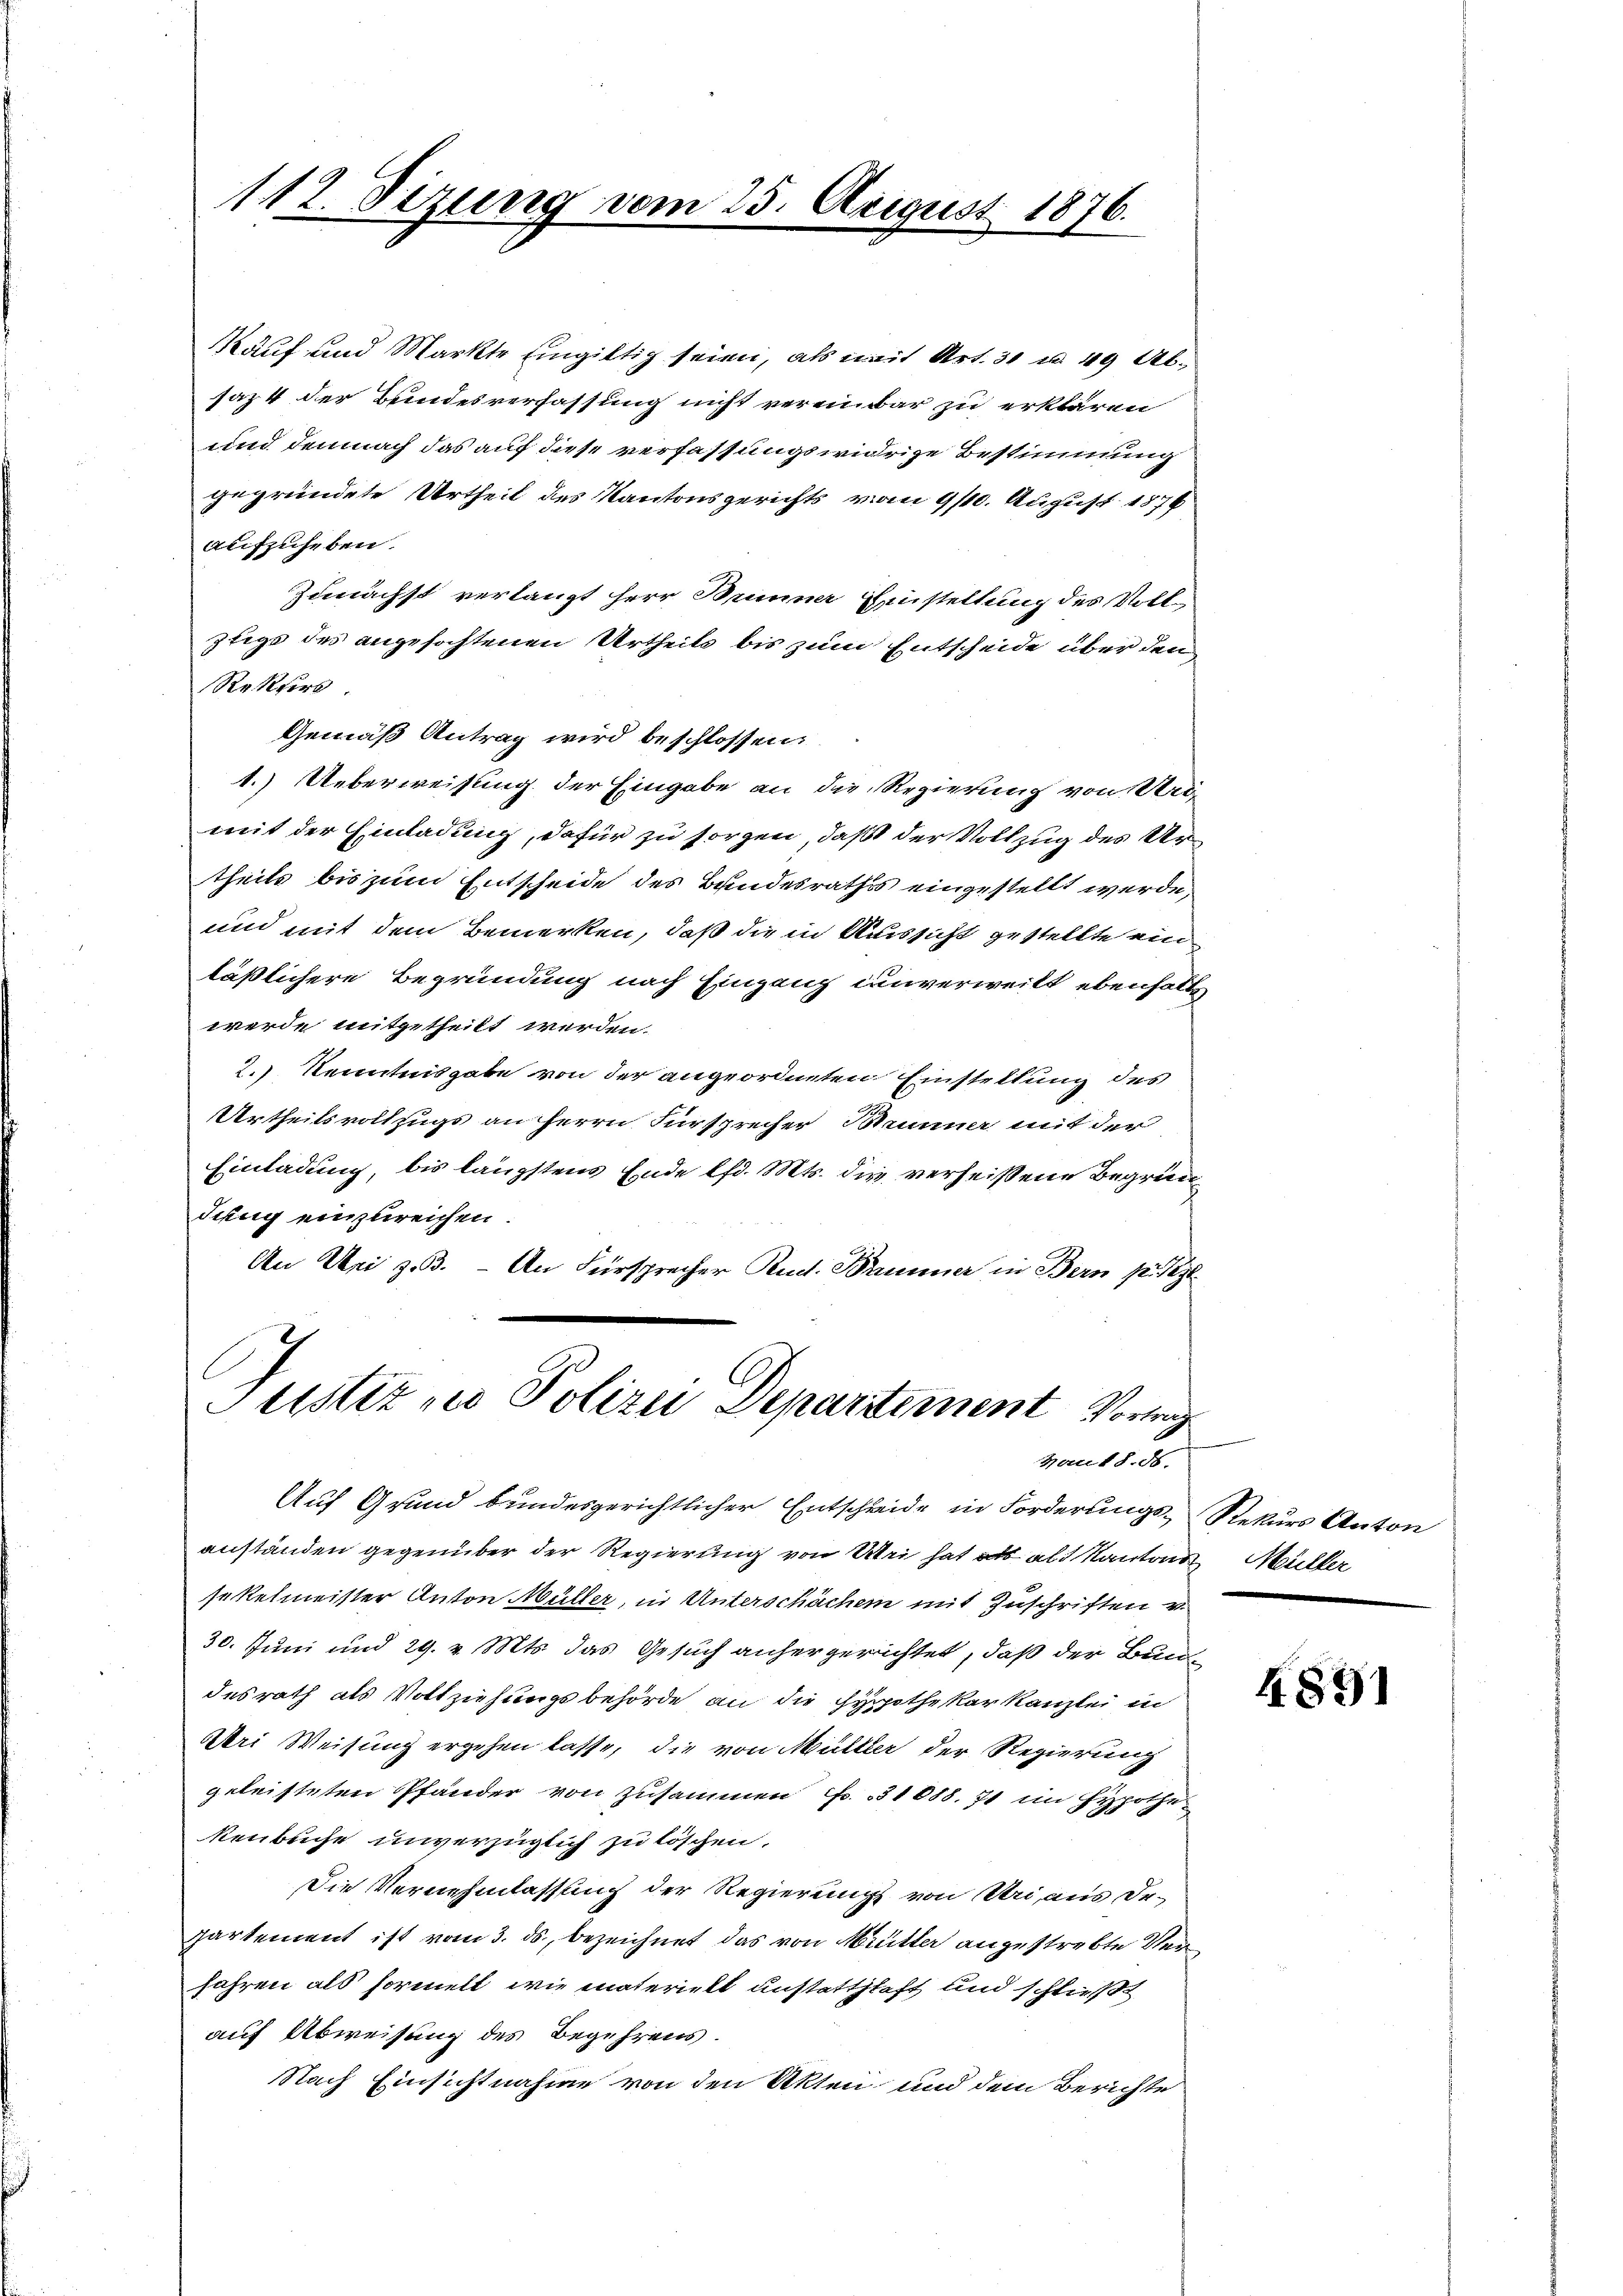
112. Sizung vom 25. August 1876.

Kauf und Markte eingiltig seien, als mit Art. 31 u. 49 Absaz 4 der Bundesverfassung nicht vereinbar zu erklären
und demnach das auf diese verfassungswidrige Bestimmung
gegründete Urtheil des Kantonsgerichts vom 9/10. August 1876
aufzuheben.
Zunächst verlangt herr Brunner Einstellung des Vollstige des angefochtenen Urtheils bis zum Entscheide über den
Rekurs.
Gemäß Antrag wird beschlossen:
1.) Ueberweisung der Eingabe an die Regierung von Urimit der Einladung, dafür zu sorgen, daß der Vollzug des Urtheils bis zum Entscheide des Bundesrathss eingestellt werde,
und mit dem Bemerken, daß die in Aussicht gestellte ein
läßlichere Begründung nach Eingang unverweilt ebenhalte
werde mitgetheilt werden.
2.) Kenntnisgabe von der angeordneten Einstellung des
Urtheilsvollzugs an Herrn Fürsprecher Meiner mit der
Einladung, bis längstens Ende lfd. Mts. die verheißene Begrün
dung einzureichen.
An Uri z.B. - An Fürsprecher Rud. Bummer in Bern puszt
7
Justiz zur Polizei Departement Vortrag

Hau 18. ds.

Auf Grund bundesgerichtlicher Entschreide in Forderungsanständen gegenüber der Regierung von Uri hat als als Kantons
sokelmeister Anton Müller, in Unterschächen mit Zuschriften v
30. Juni und 29. v. Mts. das Gesuch anhergerichtet, daß der Bundesrath als Vottziehungsbehörde an die Hypothekarkanzlei in
Uri Weisung ergehen lasse, die von Müller der Regierung
geleisteten Pfander von zusammen Fr. 31088. 71 im Hypothekenbuche unverzüglich zu löschen.
Die Vernehmlassung der Regierung von Uri, aus Departement ist vom 3. ds., bezeichnet das von Mutter angestrebte Ver
fahren als Formelt, wie materielt unstatthaft und schließt
auf Abweisung des Begehrens.
Nach Einsichtnahme von den Akten und dem Berichte

Rekurs Anton
 Müller

4891